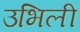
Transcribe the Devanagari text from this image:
उभिली